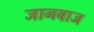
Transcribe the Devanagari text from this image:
जानबाज